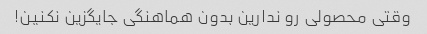
وقتی محصولی رو ندارین بدون هماهنگی جایگزین نکنین!